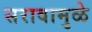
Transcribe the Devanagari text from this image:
सरावामुळे